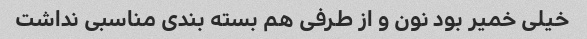
خیلی خمیر بود نون و از طرفی هم بسته بندی مناسبی نداشت